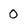
Character: O